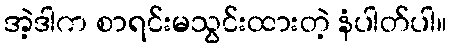
အဲ့ဒါက စာရင်းမသွင်းထားတဲ့ နံပါတ်ပါ။